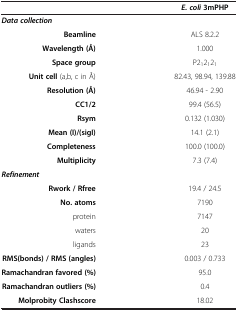
<table><thead><tr><td><b> </b></td><td><b><i>E. coli</i>3mPHP</b></td></tr></thead><tbody><tr><td><b><i>Data collection</i></b></td><td> </td></tr><tr><td><b>Beamline</b></td><td>ALS 8.2.2</td></tr><tr><td><b>Wavelength (Å)</b></td><td>1.000</td></tr><tr><td><b>Space group</b></td><td>P2<sub>1</sub>2<sub>1</sub>2<sub>1</sub></td></tr><tr><td><b>Unit cell</b> (a,b, c in Å)</td><td>82.43, 98.94, 139.88</td></tr><tr><td><b>Resolution (Å)</b></td><td>46.94 - 2.90</td></tr><tr><td><b>CC1/2</b></td><td>99.4 (56.5)</td></tr><tr><td><b>Rsym</b></td><td>0.132 (1.030)</td></tr><tr><td><b>Mean (I)/(sigI)</b></td><td>14.1 (2.1)</td></tr><tr><td><b>Completeness</b></td><td>100.0 (100.0)</td></tr><tr><td><b>Multiplicity</b></td><td>7.3 (7.4)</td></tr><tr><td><b><i>Refinement</i></b></td><td> </td></tr><tr><td><b>Rwork / Rfree</b></td><td>19.4 / 24.5</td></tr><tr><td><b>No. atoms</b></td><td>7190</td></tr><tr><td>protein</td><td>7147</td></tr><tr><td>waters</td><td>20</td></tr><tr><td>ligands</td><td>23</td></tr><tr><td><b>RMS(bonds) / RMS (angles)</b></td><td>0.003 / 0.733</td></tr><tr><td><b>Ramachandran favored (%)</b></td><td>95.0</td></tr><tr><td><b>Ramachandran outliers (%)</b></td><td>0.4</td></tr><tr><td><b>Molprobity Clashscore</b></td><td>18.02</td></tr></tbody></table>